Leaving Certificate Examination, 1912
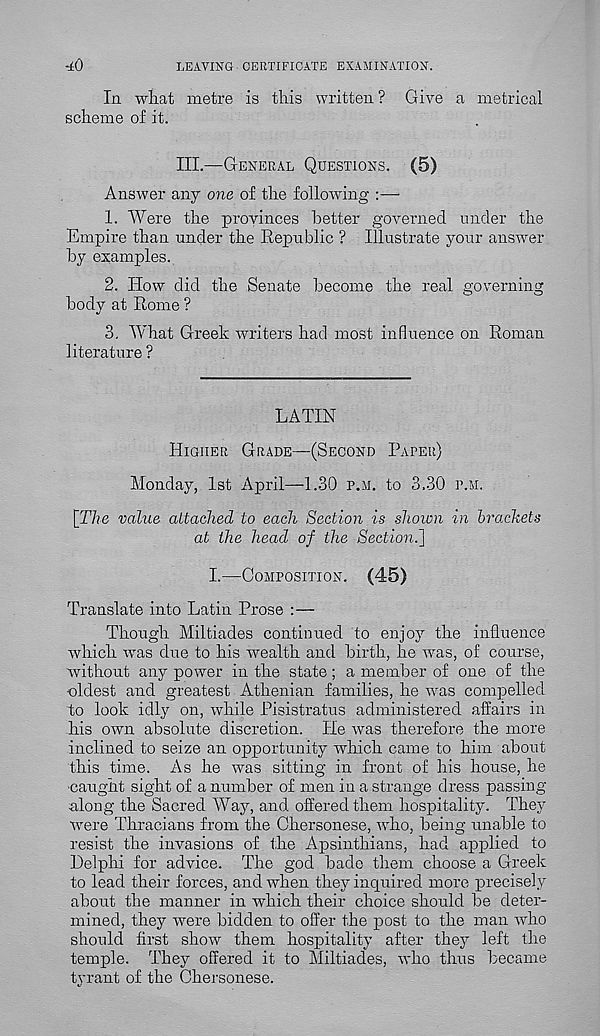
LEAVING CERTIFICATE EXAMINATION.
■±0
In what metre is this written ? Give a metrical
scheme of it.
III.—General Questions. (5)
Answer any one of the following :—
1. "Were the provinces better governed under the
Empire than under the Republic ? Illustrate your answer
by examples..
2. How did the Senate become the real governing
body at Rome ?
3. What Greek writers had most influence on Roman
literature ?
LATIN
Higher Grade—(Second Pater)
Monday, 1st April—1.30 p.m. to 3.30 p.m.
{The value attached to each Section is shown in brackets
at the head of the Section.^
I.—Composition. (45)
Translate into Latin Prose :—
Though Miltiades continued to enjoy the influence
which was due to his wealth and birth, he was, of course,
without any power in the state; a member of one of the
-oldest and greatest Athenian families, he was compelled
to look idly on, while Pisistratus administered affairs in
his own absolute discretion. He was therefore the more
inclined to seize an opportunity which came to him about
this time. As he was sitting in front of his house, he
•caught sight of a number of men in a strange dress passing
along the Sacred Way, and offered them hospitality. They
■ were Thracians from the Chersonese, who, being unable to
resist the invasions of the Apsinthians, had applied to
Delphi for advice. The god bade them choose a Greek
to lead their forces, and when they inquired more precisely
about the manner in which their choice should be deter-
mined, they were bidden to offer the post to the man who
should first show them hospitality after they left the
temple. They offered it to Miltiades, who thus became
tyrant of the Chersonese.